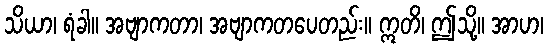
သိယာ၊ ရံခါ။ အဗျာကတာ၊ အဗျာကတပေတည်း။ ဣတိ၊ ဤသို့။ အာဟ၊